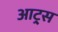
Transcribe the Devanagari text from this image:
आट्र्स